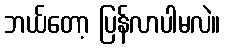
ဘယ်တော့ ပြန်လာပါမလဲ။